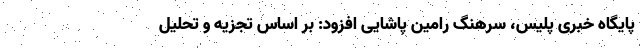
پایگاه خبری پلیس، سرهنگ رامین پاشایی افزود: بر اساس تجزیه و تحلیل